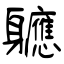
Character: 軈